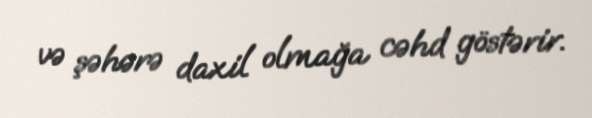
və şəhərə daxil olmağa cəhd göstərir.